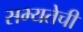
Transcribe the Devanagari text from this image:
सभ्यतेची